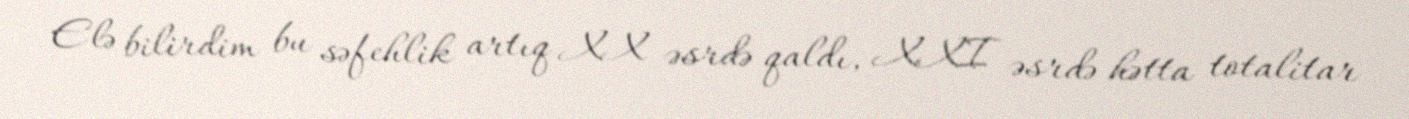
Elə bilirdim bu səfehlik artıq XX əsrdə qaldı, XXI əsrdə hətta totalitar